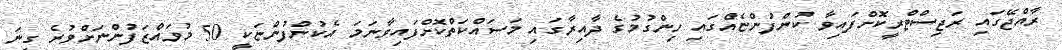
ރާއްޖޭގައި ރަޖިސްޓްރީކޮށްފައިވާ ކުންފުންޏެއްގައި ހިންގުމުގެ ދާއިރާގައި މަސައްކަތްކޮށްފައިވާނަމަ އެކުންފުންޏަކީ 50 މުވައްޒަފުންނަށްވުރެ ގިނަ